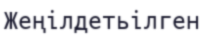
Жеңілдетьілген